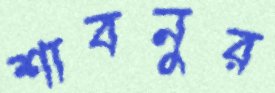
শাবনুর